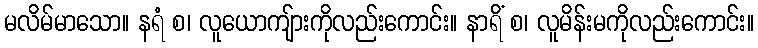
မလိမ်မာသော။ နရံ စ၊ လူယောကျ်ားကိုလည်းကောင်း။ နာရိံ စ၊ လူမိန်းမကိုလည်းကောင်း။